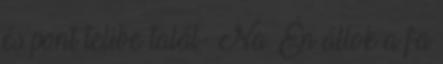
és pont telibe talál- Na. Én állok a fa